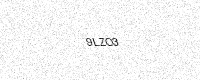
Text: 9LZO3